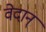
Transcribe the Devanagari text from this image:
वेदान्